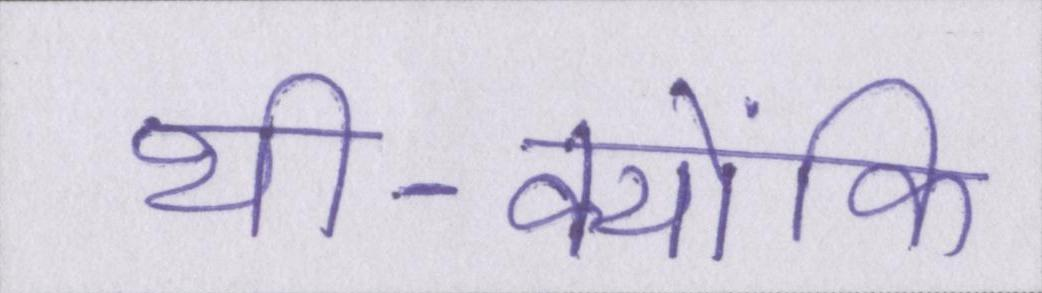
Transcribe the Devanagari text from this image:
थी-क्योंकि